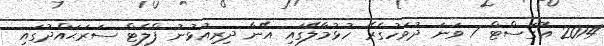
2014 އޮގަސްޓް 7 ވަނަ ދުވަހުގެރޭ ހުޅުމާލޭގައި އޭނާ ދިރިއުޅުނު ފްލެޓް ސަރަޙައްދުގައި